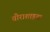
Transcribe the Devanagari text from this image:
वीराशाइवा